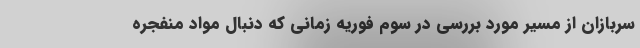
سربازان از مسیر مورد بررسی در سوم فوریه زمانی که دنبال مواد منفجره